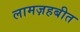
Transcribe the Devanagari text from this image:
लामज़हबीत